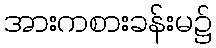
အားကစားခန်းမ၌